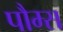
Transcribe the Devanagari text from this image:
पौम्स